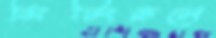
সিটিংরুমে